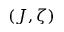
( J , \zeta )